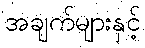
အချက်များနှင့်